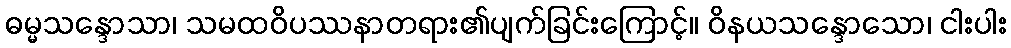
ဓမ္မသန္ဒောသာ၊ သမထဝိပဿနာတရား၏ပျက်ခြင်းကြောင့်။ ဝိနယသန္ဒောသော၊ ငါးပါး